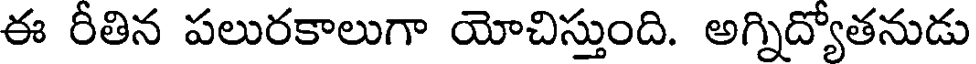
ఈ రీతిన పలురకాలుగా యోచిస్తుంది. అగ్నిద్యోతనుడు